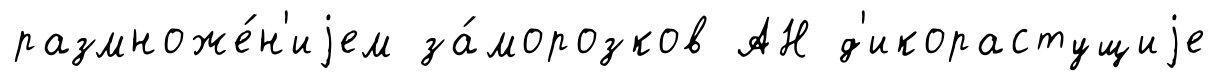
размноже́н'иjем за́морозков АН д'икорастущиjе